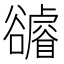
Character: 𧯖